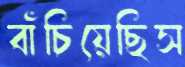
বাঁচিয়েছিস